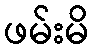
ဖမ်းမိ